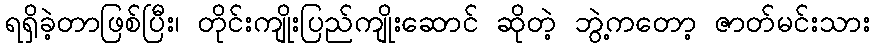
ရရှိခဲ့တာဖြစ်ပြီး၊ တိုင်းကျိုးပြည်ကျိုးဆောင် ဆိုတဲ့ ဘွဲ့ကတော့ ဇာတ်မင်းသား